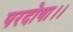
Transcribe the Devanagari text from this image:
परदोषा।।